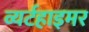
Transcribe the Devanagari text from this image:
व्यर्टहाइमर